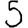
Digit: 5